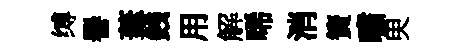
缚譽茟銭用解唏消簀嘯㬰